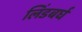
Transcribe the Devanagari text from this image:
लिंडबर्घ